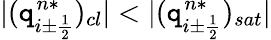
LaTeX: |(\mathtt{q}_{i\pm\frac{{1}}{{2}}}^{n*})_{cl}|<|(\mathtt{q}_{i\pm\frac{{1}}{{2}}}^{n*})_{sat}|